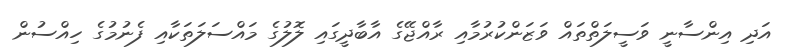
އަދި އިންސާނީ ވަސީލަތްތައް ވަޒަންކުރުމާއި ރާއްޖޭގެ އާބާދީގައި ލޮލުގެ މައްސަލަތަކާއި ފެނުމުގެ ހިއްސުން